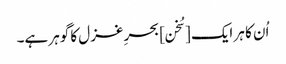
اُن کا ہر ایک [سُخن] بحرِ غزل کا گوہر ہے۔